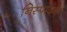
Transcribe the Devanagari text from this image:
निस्पादन